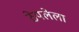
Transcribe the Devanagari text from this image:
ठेपलेला